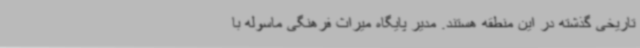
تاریخی گذشته در این منطقه هستند. مدیر پایگاه میراث فرهنگی ماسوله با